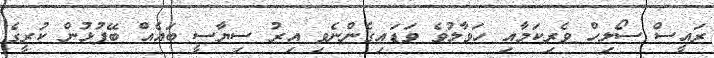
ރައީސް ސޯލިހް ވެރިކަމާއި ހަވާލުވެ ވަޑައިގެންނެވި އިރު ސިޔާސީ ބައެއް ބޭފުޅުން ކުރީގެ